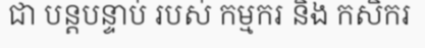
ជា បន្តបន្ទាប់ របស់ កម្មករ និង កសិករ